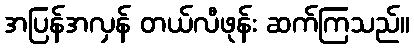
အပြန်အလှန် တယ်လီဖုန်း ဆက်ကြသည်။